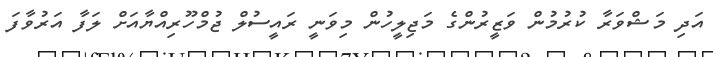
އަދި މަޝްވަރާ ކުރުމުން ވަޒީރުންގެ މަޖިލީހުން މިވަނީ ރައީސުލް ޖުމްހޫރިއްޔާއަށް ލަފާ އަރުވާފަ